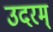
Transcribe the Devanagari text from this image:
उदरम्